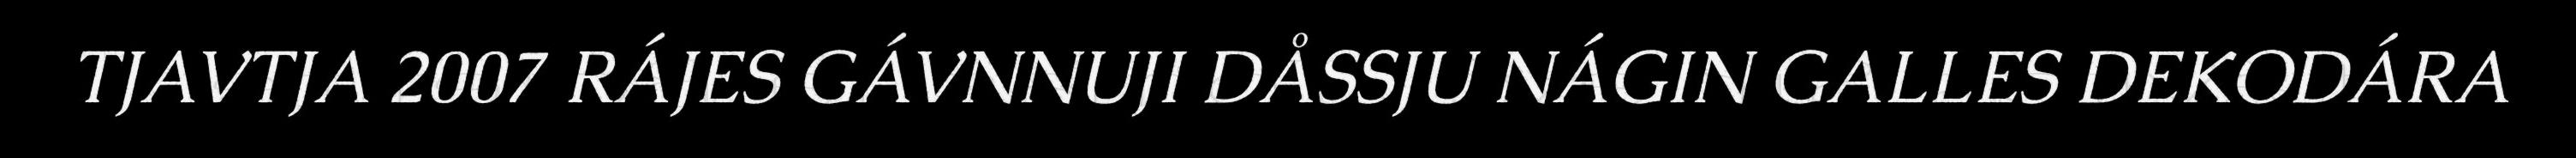
TJAVTJA 2007 RÁJES GÁVNNUJI DÅSSJU NÁGIN GALLES DEKODÁRA